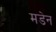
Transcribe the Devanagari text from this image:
मडेन